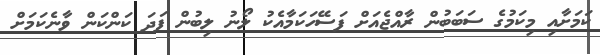
ކަމަށާއި މިކަމުގެ ސަބަބުން ރާއްޖެއަށް ފަސޭހަކަމާއެކު ލޯނު ލިބުން ފަދަ ކަންކަން ވާނެކަމަށް